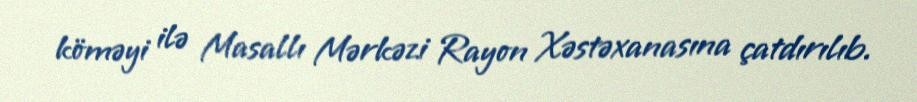
köməyi ilə Masallı Mərkəzi Rayon Xəstəxanasına çatdırılıb.